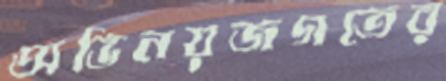
অভিনয়জগতের